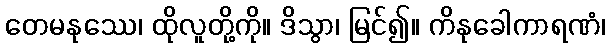
တေမနုဿေ၊ ထိုလူတို့ကို။ ဒိသွာ၊ မြင်၍။ ကိနုခေါကာရဏံ၊